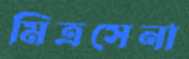
মিত্রসেনা